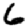
Digit: 6